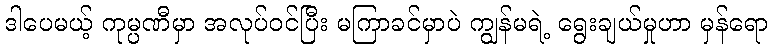
ဒါပေမယ့် ကုမ္ပဏီမှာ အလုပ်ဝင်ပြီး မကြာခင်မှာပဲ ကျွန်မရဲ့ ရွေးချယ်မှုဟာ မှန်ရော